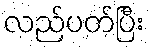
လည်ပတ်ပြီး